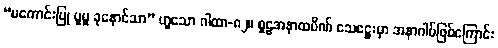
“မကောင်းပြု ပူမှု ခုနောင်သာ” ဟူသော ဂါထာ-၈၂။ စူဠအနာထပိဏ် သေဋ္ဌေးမှာ အနာဂါမ်ဖြစ်ကြောင်း